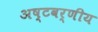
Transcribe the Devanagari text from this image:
अष्टवर्णीय